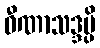
ဝီဏာသဒ္ဒမ္ပိ